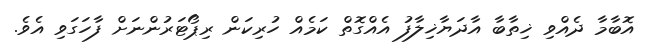
އޮބާމާ ދެއްވި ޚިތާބާ އާދަޔާޚިލާފު އެއްގޮތް ކަމެއް ހުރިކަން ރިޕޯޓަރުންނަށް ފާހަގަވި އެވެ.